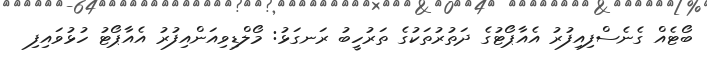
ބޯޓެއް ގެނެސްފިއިފުރު އެއާޕޯޓުގެ ދަތުރުތަކުގެ ތަރުހީބު ރަނގަޅު: މޯލްޑިވިއަންއިފުރު އެއާޕޯޓު ހުޅުވައިފި